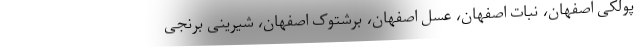
پولکی اصفهان، نبات اصفهان، عسل اصفهان، برشتوک اصفهان، شیرینی برنجی